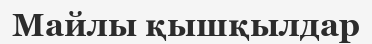
Майлы қышқылдар